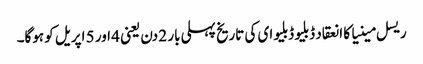
ریسل مینیا کا انعقاد ڈبلیو ڈبلیو ای کی تاریخ پہلی بار 2 دن یعنی 4 اور 5 اپریل کو ہوگا۔